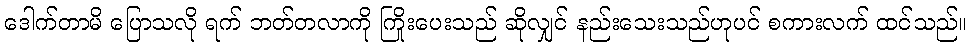
ဒေါက်တာမိ ပြောသလို ရက် ဘတ်တလာကို ကြိုးပေးသည် ဆိုလျှင် နည်းသေးသည်ဟုပင် စကားလက် ထင်သည်။